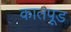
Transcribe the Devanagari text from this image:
कातपूड